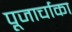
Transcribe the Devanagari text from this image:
पूजार्चाका